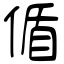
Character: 偱